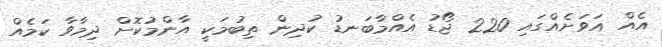
އެއް އަވަށެއްގައި 220 ޖޯޑު އެއްމާބަނޑު ކުދިން ތިބުމަކީ އާންމުކޮށް ދިމާވާ ކަމެއް